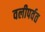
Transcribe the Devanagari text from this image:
वलीपर्वत